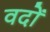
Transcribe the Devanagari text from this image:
वदों